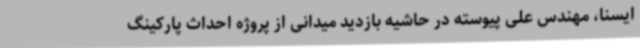
ایسنا، مهندس علی پیوسته در حاشیه بازدید میدانی از پروژه احداث پارکینگ